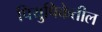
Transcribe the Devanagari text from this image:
पियुषिकेतील